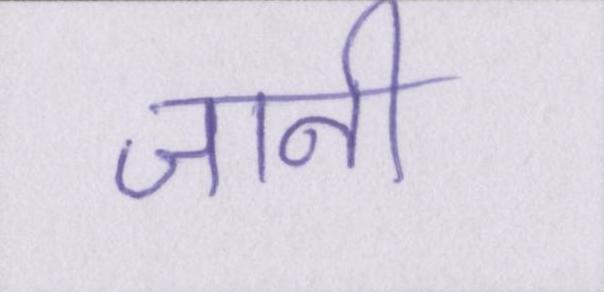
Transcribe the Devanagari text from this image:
जानी